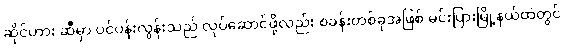
ဆိုင်ဟား ဆီမှာ ပင်ပန်းလွန်းသည် လုပ်ဆောင်ဖို့လည်း စခန်းတစ်ခုအဖြစ် မင်းပြားမြို့နယ်ထဲတွင်